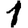
Digit: 1